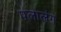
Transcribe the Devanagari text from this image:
पलालंग